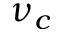
\nu _ { c }